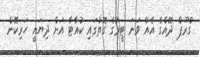
ގްރޫޕް ދޭއްގެ އެއް ވަނަ ޓީމުގެ ގޮތުގައި ކުއާޓާ އަށް ދިޔައީ ހަރިކޭން